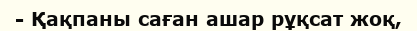
- Қақпаны саған ашар рұқсат жоқ,